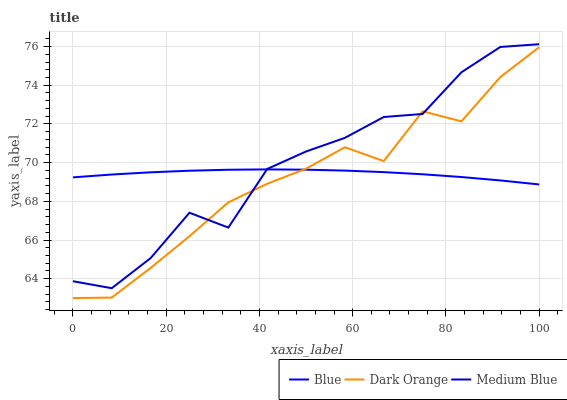
| xaxis_label | Blue | Dark Orange | Medium Blue |
 | --- | --- | --- | --- |
 | 0 | 69.2 | 63 | 63.9 |
 | 8.33 | 69.4 | 63 | 63.5 |
 | 16.7 | 69.5 | 64.6 | 65.1 |
 | 25 | 69.6 | 66.2 | 67.4 |
 | 33.3 | 69.6 | 67.9 | 66.6 |
 | 41.7 | 69.6 | 68.9 | 69.7 |
 | 50 | 69.6 | 69.7 | 70.6 |
 | 58.3 | 69.6 | 70.8 | 71.3 |
 | 66.7 | 69.5 | 70.1 | 72.4 |
 | 75 | 69.4 | 72.7 | 72.5 |
 | 83.3 | 69.3 | 72.1 | 74.7 |
 | 91.7 | 69.1 | 74.4 | 76 |
 | 100 | 68.9 | 76 | 76.1 |